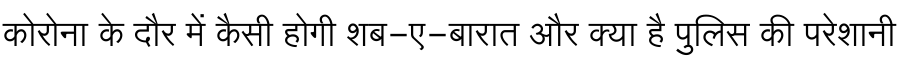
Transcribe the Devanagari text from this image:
कोरोना के दौर में कैसी होगी शब-ए-बारात और क्या है पुलिस की परेशानी